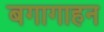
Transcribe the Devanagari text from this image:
बगागाहन